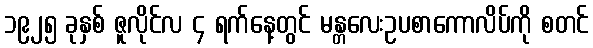
၁၉၂၅ ခုနှစ် ဇူလိုင်လ ၄ ရက်နေ့တွင် မန္တလေးဥပစာကောလိပ်ကို စတင်